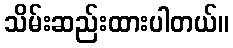
သိမ်းဆည်းထားပါတယ်။